Medical and sanitary report of the native army of Madras for the year
Year: 1877
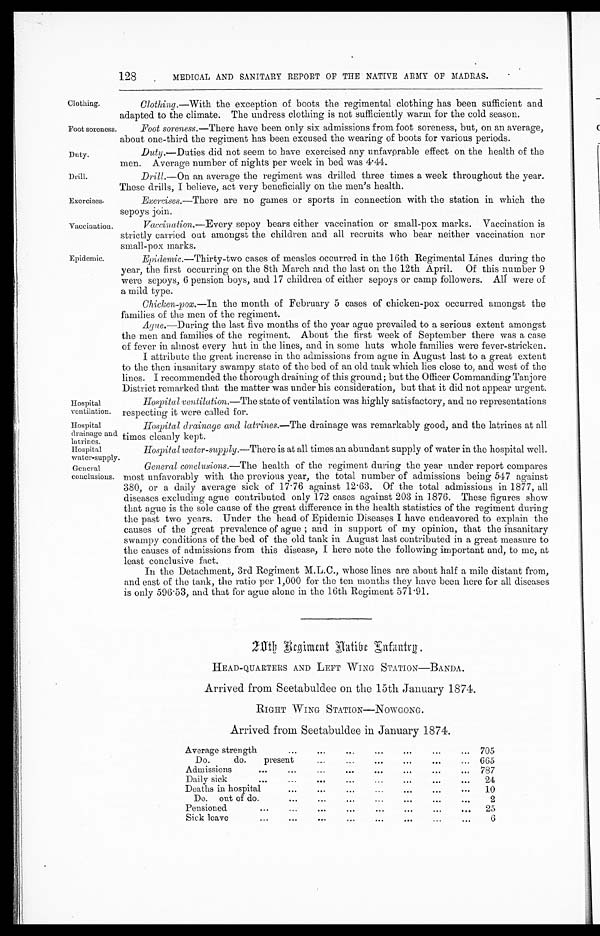
Clothing.
Foot soreness
Duty.
Drill.
Exercises.
Vaccination.
Hospital
drainage and
latrines
Hospital
water-supply.
General
conclusions.
128
MEDICAL AND SANITARY REPORT OF THE NATIVE ARMY OF MADRAS.
Epidemic.
Hospital
ventilation.
Clothing.— With the exception of boots the regimental clothing has been sufficient and
adapted to the climate. The undress clothing is not sufficiently warm for the cold season.
Foot soreness.— There have been only six admissions from toot soreness, but, on an average,
about one-third the regiment has been excused the wearing of boots for various periods.
Duty.— Duties did not seem to have exercised any unfavorable effect on the health of the
men. Average number of nights per week in bed was 4.44.
Drill.—On an average the regiment was drilled three times a week throughout the year.
These drills, I believe, act very beneficially on the men's health.
Exercises.—There are no games or sports in connection with the station in which the
sepoys join.
Vaccination .—Every sepoy bears either vaccination or small-pox marks. Vaccination is
strictly carried out amongst the children and all recruits who bear neither vaccination nor
small-pox marks.
Epidemic.—Thirty-two cases of measles occurred in the 16th Regimental Lines during the
year, the first occurring on the 8th March and the last on the 12th April. Of this number 9
were sepoys, 6 pension boys, and 17 children of either sepoys or camp followers. All were of
a mild type.
Chicken-pox.—In the month of February 5 cases of chicken-pox occurred amongst the
families of the men of the regiment.
Ague.—During the last five months of the year ague prevailed to a serious extent amongst
the men and families of the regiment. About the first week of September there was a case
of fever in almost every hut in the lines, and in some huts whole families were fever-stricken.
I attribute the great increase in the admissions from ague in August last to a great extent
to the then insanitary swampy state of the bed of an old tank which lies close to, and west of the
lines. I recommended the thorough draining of this ground; but the Officer Commanding Tanjore
District remarked that the matter was under his consideration, but that it did not appear urgent.
Hospital ventilation.— The state of ventilation was highly satisfactory, and no representations
respecting it were called for.
Hospital drainage and latrines.— The drainage was remarkably good, and the latrines at all
times cleanly kept.
Hospital water-supply.— There is at all times an abundant supply of water in the hospital well.
General conclusions.— The health of the regiment during the year under report compares
most unfavorably with the previous year, the total number of admissions being 547 against
380, or a daily average sick of 17.76 against 12.63. Of the total admissions in 1877, all
diseases excluding ague contributed only 172 cases against 203 in 1876. These figures show
that ague is the sole cause of the great difference in the health statistics of the regiment during
the past two years. Under the head of Epidemic Diseases I have endeavored to explain the
causes of the great prevalence of ague ; and in support of my opinion, that the insanitary
swampy conditions of the bed of the old tank in August last contributed in a great measure to
the causes of admissions from this disease, I here note the following important and, to me, at
least conclusive fact.
In the Detachment, 3rd Regiment M.L.C., whose lines are about half a mile distant from,
and east of the tank, the ratio per 1,000 for the ten months they have been here for all diseases
is only 596.53, and that for ague alone in the 16th Regiment 571.91.
20th Regiment Native Infantry
HEAD-QUARTERS AND LEFT WING STATION—BANDA.
Arrived from Seetabuldee on the 15th January 1874.
RIGHT WING STATION—NOIVGONG.
Arrived from Seetabuldee in January 1874.
Average strength
...
...
...
...
... 705
Do. do. present
...
...
...
...
...
... 665
Admissions
...
...
...
...
...
...
... 787
Daily sick
...
...
..,
...
...
.
. .
24
Deaths in hospital
...
...
...
...
...
...
... 10
Do. out of do.
.-.
.-.
...
...
...
...
...
2
Pensioned
...
...
...
. . .
25
Sick leave
...
...
6